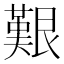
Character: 艱